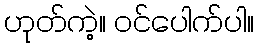
ဟုတ်ကဲ့။ ဝင်ပေါက်ပါ။